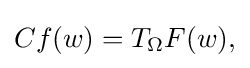
\displaystyle {Cf(w)=T_{\Omega }F(w),}